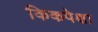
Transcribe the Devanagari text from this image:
किकपेक्षा